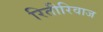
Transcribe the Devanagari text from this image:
रितीरिवाज